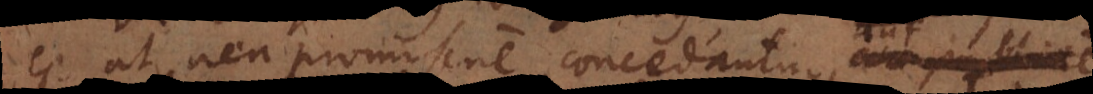
est ut non promiscue concedantur